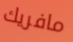
مافريك